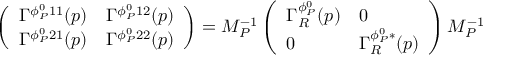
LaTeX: \left( \begin{array} { l l } { { \Gamma ^ { \phi _ { P } ^ { 0 } 1 1 } ( p ) } } & { { \Gamma ^ { \phi _ { P } ^ { 0 } 1 2 } ( p ) } } \\ { { \Gamma ^ { \phi _ { P } ^ { 0 } 2 1 } ( p ) } } & { { \Gamma ^ { \phi _ { P } ^ { 0 } 2 2 } ( p ) } } \end{array} \right) = M _ { P } ^ { - 1 } \left( \begin{array} { l l } { { \Gamma _ { R } ^ { \phi _ { P } ^ { 0 } } ( p ) } } & { { 0 } } \\ { { 0 } } & { { \Gamma _ { R } ^ { \phi _ { P } ^ { 0 } * } ( p ) } } \end{array} \right) M _ { P } ^ { - 1 }